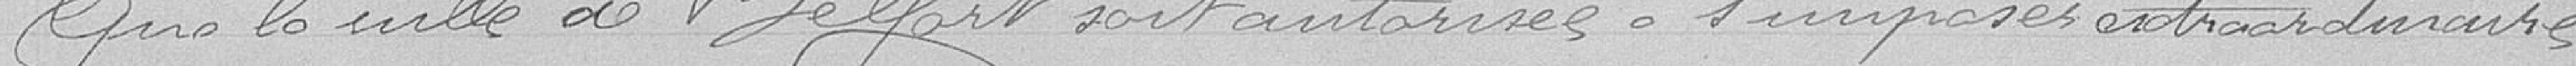
Que la ville de Belfort soit autorisée à s'imposer extraordinaire-